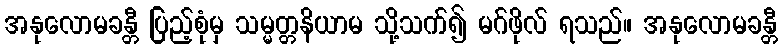
အနုလောမခန္တီ ပြည့်စုံမှ သမ္မတ္တနိယာမ သို့သက်၍ မဂ်ဖိုလ် ရသည်။ အနုလောမခန္တီ